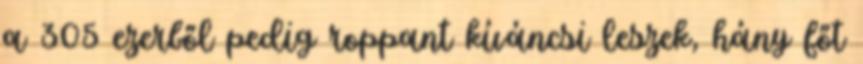
a 305 ezerből pedig roppant kíváncsi leszek, hány főt